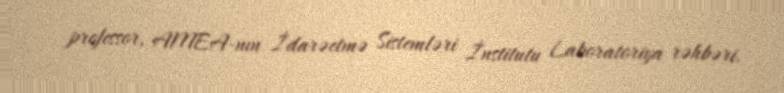
professor, AMEA-nın İdarəetmə Sistemləri İnstitutu Laboratoriya rəhbəri.